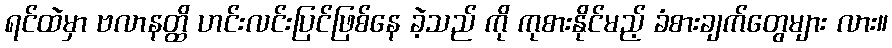
ရင်ထဲမှာ ဗလာနတ္ထိ ဟင်းလင်းပြင်ဖြစ်နေ ခဲ့သည် ကို ကုစားနိုင်မည့် ခံစားချက်တွေများ လား။